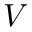
V